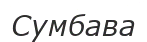
Сумбава